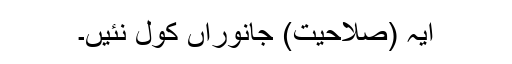
ایہ (صلاحیت) جانوراں کول نئیں۔